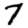
Digit: 7